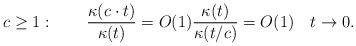
LaTeX: \begin{align*}c\geq 1:\qquad\frac{\kappa(c\cdot t)}{\kappa(t)}=O(1)\frac{\kappa(t)}{\kappa(t/c)}=O(1)\quad t\to 0.\end{align*}